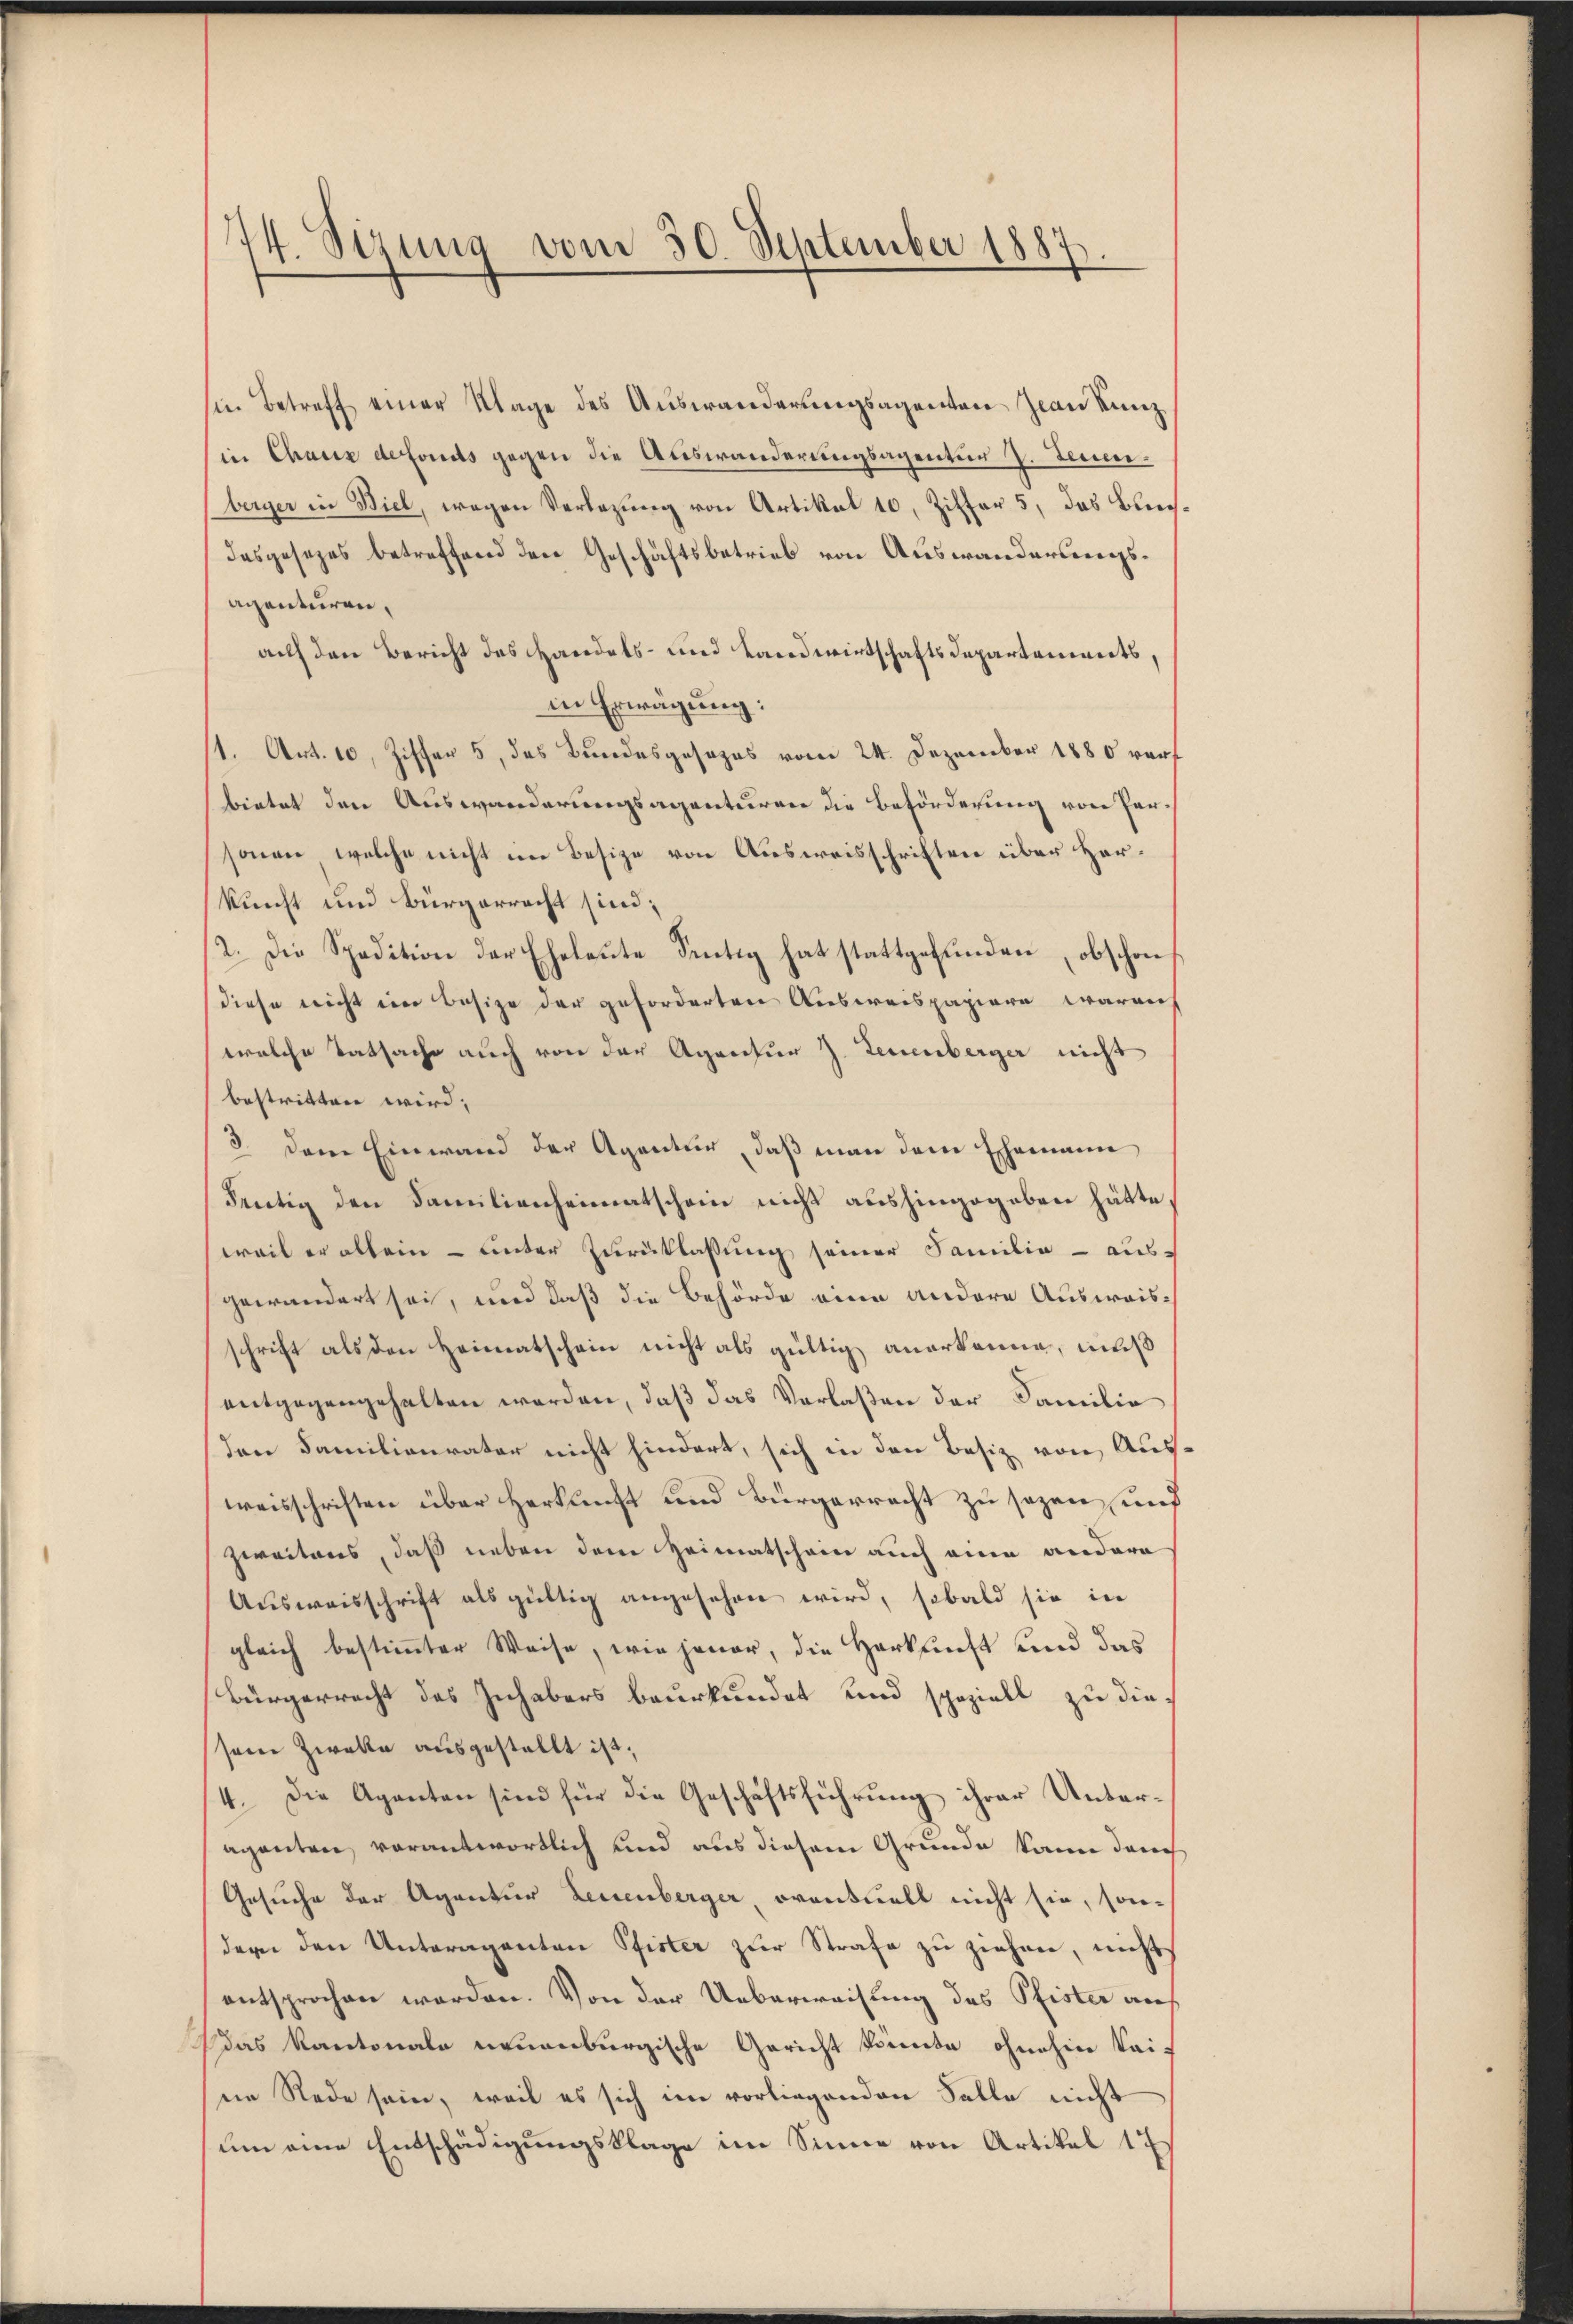
74. Sizung vom 30. September 1887.

in Betreff einer Klage des Auswanderungsagenten Jean Kunz
in Chaux defonds gegen die Auswanderungsagentur 7. Feuerberger in Biel, wegen Verlegung von Artikal 10, Ziffer 5, das Ben
dasgesezes betreffend den Geschäftsbetrieb von Auswanderungsacenturen,
auf den Bericht des Handels- und Landwirtschaftsdepartements,
in Erwägung:
/1. Art. 10, Ziffer 5, das Bundesgesezes vom 24. Dezember 1880 verf
bietet den Auswanderungsagenturen die Beförderung von Parsonen, welche nicht im Besize von Ausweisschriften über Herkunft und Bürgerracht sind;
12. Die Spedition der Eheleute Sentig hat stattgefunden, obschon
diese nicht ein Besize der geforderten Ausweispapiere, waren
welche Tatsache auch von der Agentur J. Leuenberger nicht
bestritten wird,
3. Dem Einwand der Agentur, daß man dem Ehemann
deutig den Familienheimatschein nicht aushingegeben hätte
weil er allein – unter Zurücklassung seiner Familie - aus-
gewändert sei, und daß die Behörde eine andere Ausweisschrift als den Heimatschein nicht als gültig anerkanne, muß
entgegengehalten werden, daß das Verlaßen der Familie
den Familienvater nicht hindert, sich in den Besiz von Ausweisschriften über Herkunft und Bürgerrecht zu sezen, und
zweitens, daß neben dem Heimatschein auch eine andere
Ausweisschrift als gültig angesehen wird, sobald sie in
gleich bestimmter Weise, wie jener, die Herkunft und das
Bürgerrecht des Inhabers beurkundet und speziell zu diesein Zwalle ausgestellt ist.
4. Die Agenten sind für die Geschäftsführung ihrer Unteraganten, verantwortlich und aus diesem Grunde kann dann¬
Gesuche der Agentur Leuenberger, oranstalt nicht sie, son-
dern den Unteraganten Pfister zur Strafe zu ziehen, nicht
entsprochen werden. Von der Ueberweisung des Pfister aus
das Kantonale neuenburgische Gericht konnte ohnehin kai-
ne Rede sein, weil es sich im vorliegenden Falle nicht
um eine Entschädigungsklage im Sinne von Artikel 17